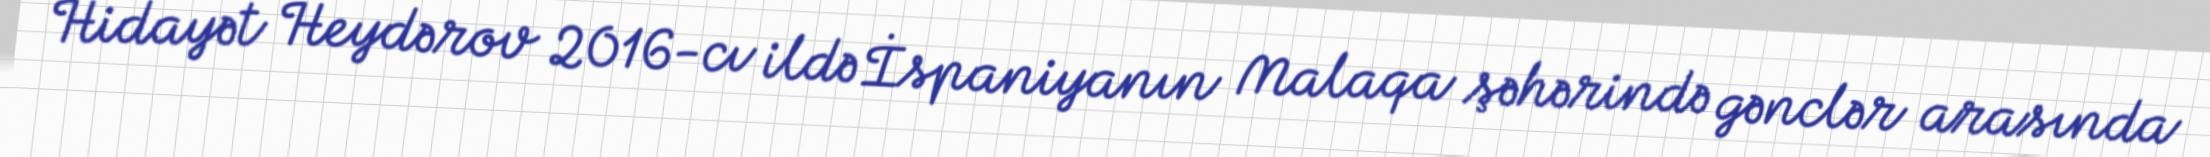
Hidayət Heydərov 2016-cı ildə İspaniyanın Malaqa şəhərində gənclər arasında